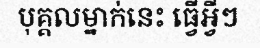
បុគ្គលម្នាក់នេះ ធ្វើអ្វីៗ